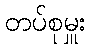
တပ်စုမှူး